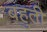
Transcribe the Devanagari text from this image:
बहुती